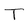
Character: T